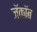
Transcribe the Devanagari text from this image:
जॅकॉब